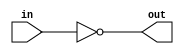
module C_Not(in, out);

	parameter BITS = 1;
	input [BITS-1:0] in;
	output [BITS-1:0] out;

	assign out = ~in;

endmodule